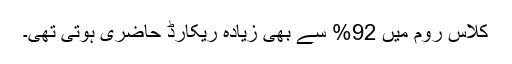
کلاس روم میں 92% سے بھی زیادہ ریکارڈ حاضری ہوتی تھی۔